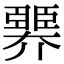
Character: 臩